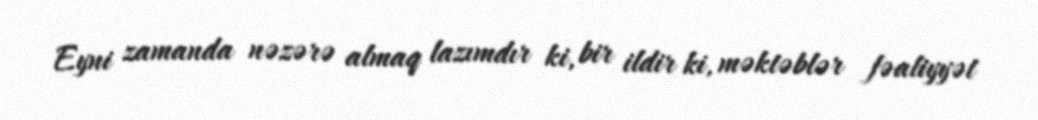
Eyni zamanda nəzərə almaq lazımdır ki, bir ildir ki, məktəblər fəaliyyət